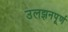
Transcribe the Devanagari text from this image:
उलझनपूर्ण